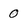
Character: 0